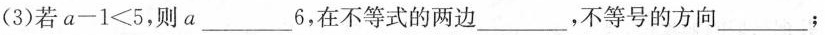
(3)若$$a - 1 < 5$$，则a___6，在不等式的两边___，不等号的方向___；